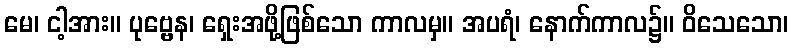
မေ၊ ငါ့အား။ ပုဗ္ဗေန၊ ရှေးအဖို့ဖြစ်သော ကာလမှ။ အပရံ၊ နောက်ကာလ၌။ ဝိသေသော၊